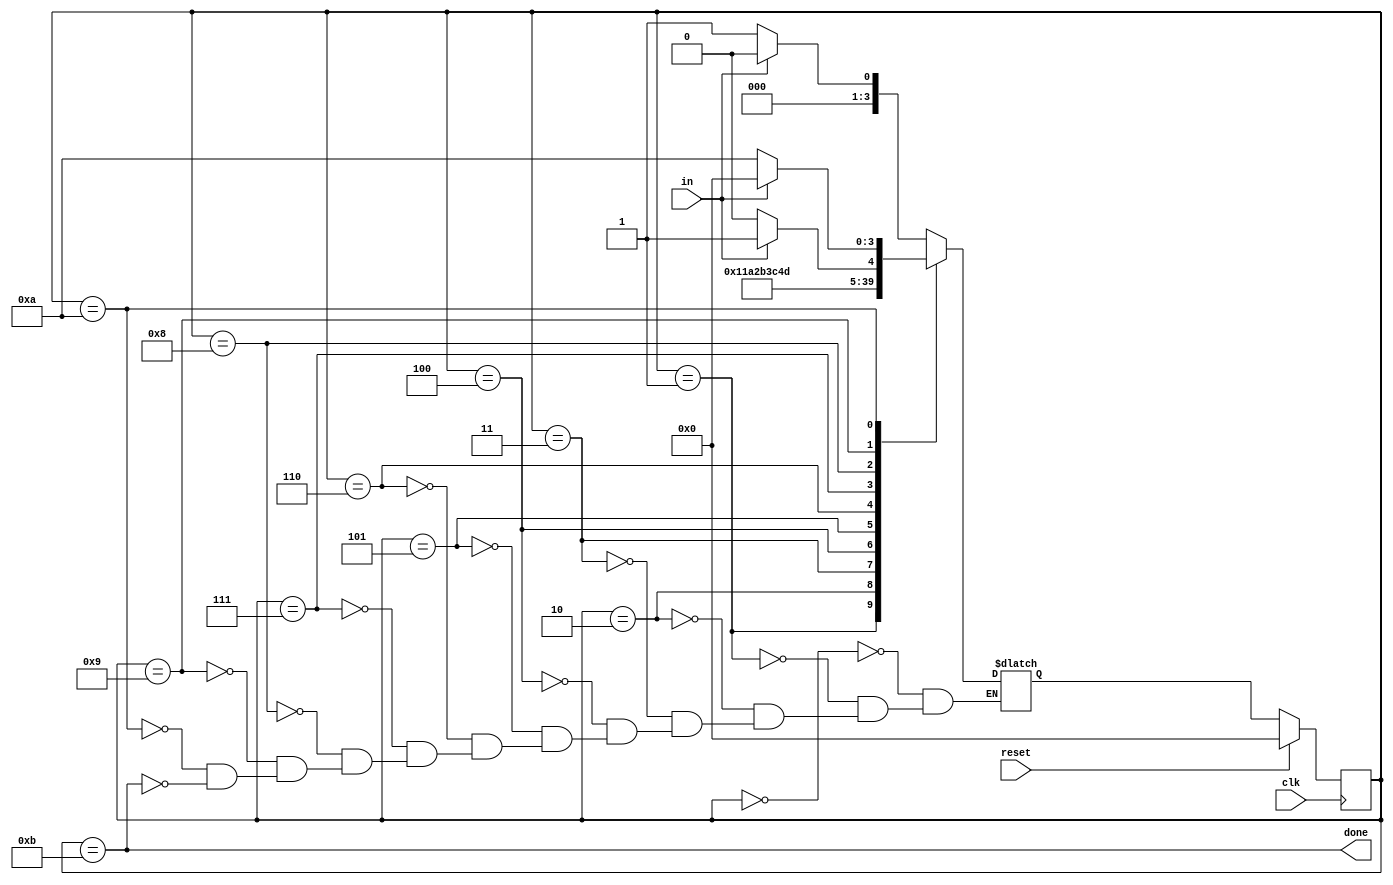
/*
In many (older) serial communications protocols,
each data byte is sent along with a start bit and a stop bit,
to help the receiver delimit bytes from the stream of bits.
One common scheme is to use one start bit (0), 8 data bits,
and 1 stop bit (1). The line is also at logic 1 when nothing
is being transmitted (idle).

Design a finite state machine that will identify when bytes
have been correctly received when given a stream of bits.
It needs to identify the start bit, wait for all 8 data bits,
then verify that the stop bit was correct. 

If the stop bit does not appear when expected,
the FSM must wait until it finds a stop bit before
attempting to receive the next byte.
*/

module top_module(
    input clk,
    input in,
    input reset,    // Synchronous reset
    output done
); 
    
    parameter  IDLE=0, START=1, D0=2, D1=3, D2=4, D3=5, D4=6, D5=7, D6=8, D7=9, DISC=10, STOP=11;
    reg [3:0] state, next;
    
    always @ (*) begin
        case (state)
            IDLE	: next = in ? IDLE : START;
            START	: next = D0;
            D0		: next = D1;
            D1		: next = D2;
            D2		: next = D3;
            D3		: next = D4;
            D4		: next = D5;
            D5		: next = D6;
            D6		: next = D7;
            D7		: next = in ? STOP : DISC;
            DISC	: next = in ? IDLE : DISC;
            STOP	: next = in ? IDLE : START;
        endcase
    end
    
    always @ (posedge clk) begin
        if (reset) state <= IDLE;
        else state <= next;
    end
    
    assign done = state == STOP;

endmodule